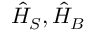
{ \hat { H } } _ { S } , { \hat { H } } _ { B }